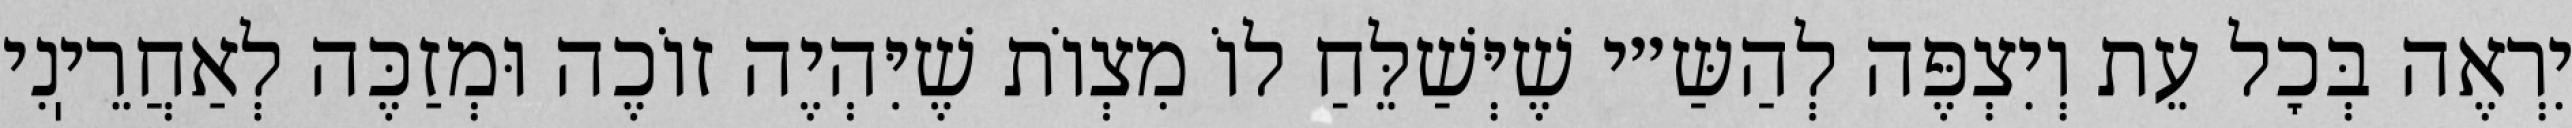
יִרְאֶה בְּכׇל עֵת וְיִצְפֶּה לְהַשַּ״י שֶׁיְּשַׁלֵּחַ לוֹ מִצְוֹת שֶׁיִּהְיֶה זוֹכֶה וּמְזַכֶּה לְאַחֲרֵיֽנִי